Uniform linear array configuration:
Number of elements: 8
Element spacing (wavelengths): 0.75
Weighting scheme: cosine
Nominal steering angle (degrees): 45
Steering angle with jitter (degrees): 46.553
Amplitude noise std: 0.05
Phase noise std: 0.05

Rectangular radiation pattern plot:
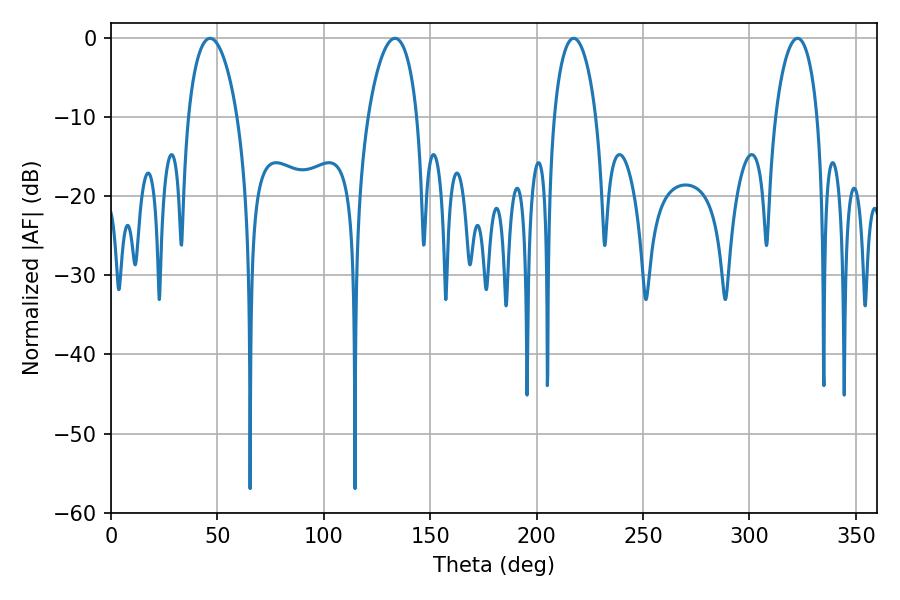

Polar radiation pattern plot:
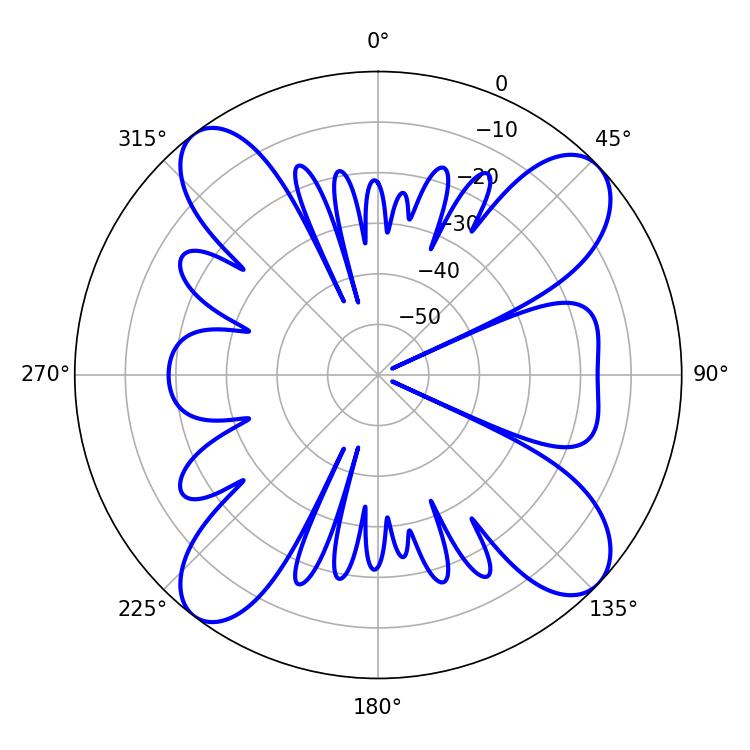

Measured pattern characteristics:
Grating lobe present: TRUE
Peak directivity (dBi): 12.848
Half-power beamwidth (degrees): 11.16
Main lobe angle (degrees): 217.44